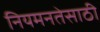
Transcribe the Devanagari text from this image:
नियमनतेसाठी